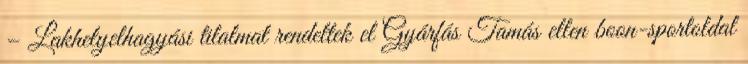
– Lakhelyelhagyási tilalmat rendeltek el Gyárfás Tamás ellen boon-sportoldal